Annual report on the working of the mental hospitals in the Madras Presidency - 1912-1932
Year: 1912
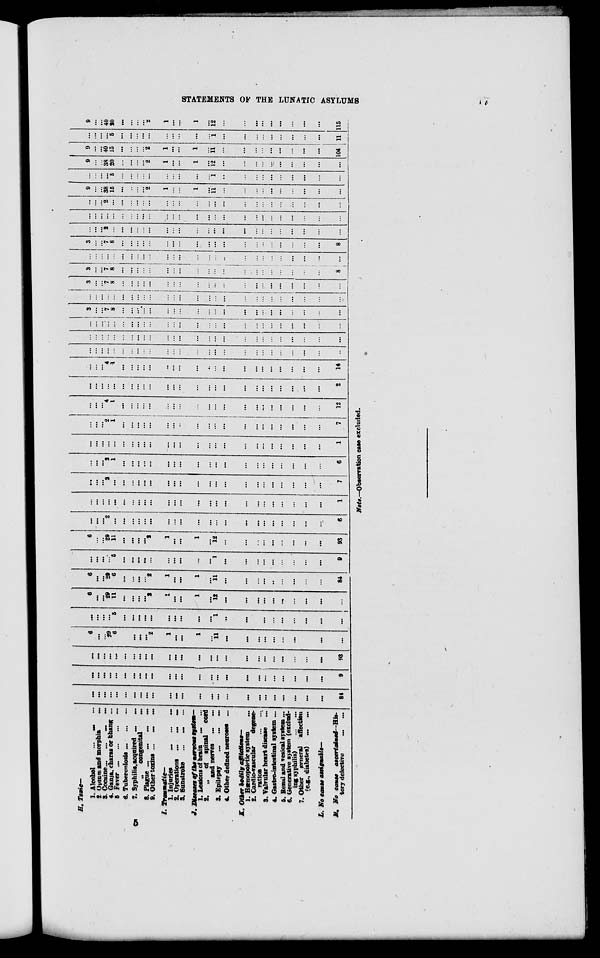
STATEMENTS OF THE LUNATIC ASYLUMS
17
H. Toxic—
1. Alcohol
... ... ...
2. Opium and morphia
...
3. Cocaine ... ...
...
...
4. Ganja, charas or bhang ...
5. Fever ...
...
...
...
6. Tuberculosis ... ... ...
7. Syphilis, acquired ... ...
„ congenital
...
8. Plague ... ... ... ...
9. Other toxins ...
...
...
I. Traumatic—
1.
Injuries
...
...
...
2. Operations
...
...
...
3. Sunstroke ... ... ...
J. Diseases of the nervous system—
1. Lesions of brain ... ...
2.
„
of spinal
cord
and nerves ...
...
3. Epilepsy
...
...
...
4. Other defined neuroses ...
K. Other bodily afflictions—
1. Hæmopoietic system ...
2. Cardio-vascular
degene-
ration
...
...
3. Valvular heart disease ...
4. Gastro-intestinal system ...
5. Renal and vesical system ...
6. Generative system (exclud-
ing syphilis)
...
...
7. Other general affection
(e.g., diabetes)
...
...
L. No cause assignable—
M. No cause
ascertained—His-
tory defective ... ...
...
...
...
...
...
...
...
...
...
...
...
...
...
...
...
...
...
...
...
...
...
...
...
...
...
84
...
...
...
...
...
...
...
...
...
...
...
...
...
...
...
...
...
...
...
...
...
...
...
...
...
9
...
...
...
...
...
...
...
...
...
...
...
...
...
...
...
...
...
...
...
...
...
...
...
...
...
93
6
...
...
29
6
...
...
...
...
2
1
...
...
1
...
11
...
...
...
...
...
...
...
...
...
...
...
...
...
...
5
...
...
...
...
...
...
...
...
...
...
1
...
...
...
...
...
...
...
...
...
...
6
...
...
29
11
...
...
...
...
2
1
...
...
1
...
12
...
...
...
...
...
...
...
...
...
...
6
...
...
29
6
...
...
...
...
2
1
...
...
1
...
11
...
...
...
...
...
...
...
...
...
84
...
...
...
...
5
...
...
...
...
...
...
...
...
...
...
1
...
...
...
...
...
...
...
...
...
9
6
...
...
29
11
...
...
...
...
2
1
...
...
1
...
12
...
...
...
...
...
...
...
...
...
93
...
...
...
2
...
...
...
...
...
...
...
...
...
...
...
...
...
...
...
...
...
...
...
...
...
6
...
...
...
...
...
...
...
...
...
...
...
...
...
...
...
...
...
...
...
...
...
...
...
...
...
1
...
...
...
2
...
...
...
...
...
...
...
...
...
...
...
...
...
...
...
...
...
...
...
...
...
7
...
...
...
2
1
...
...
...
...
...
...
...
...
...
...
...
...
...
...
...
...
...
...
...
...
6
...
...
...
...
...
...
...
...
...
...
...
...
...
...
...
...
...
...
...
...
...
...
...
...
...
1
...
...
...
2
1
...
...
...
...
...
...
...
...
...
...
...
...
...
...
...
...
...
...
...
...
7
...
...
...
4
1
...
...
...
...
...
...
...
...
...
...
...
...
...
...
...
...
...
...
...
...
12
...
...
...
...
...
...
...
...
...
...
...
...
...
...
...
...
...
...
...
...
...
...
...
...
...
2
...
...
...
4
1
...
...
...
...
...
...
...
...
...
...
...
...
...
...
...
...
...
...
...
...
14
...
...
...
...
...
...
...
...
...
...
...
...
...
...
...
...
...
...
...
...
...
...
...
...
...
...
...
...
...
...
...
...
...
...
...
...
...
...
...
...
...
...
...
...
...
...
...
...
...
...
...
...
...
...
...
...
...
...
...
...
...
...
...
...
...
...
...
...
...
...
...
...
...
...
...
...
...
...
3
...
...
7
8
...
...
...
...
...
...
...
...
...
...
...
...
...
...
...
...
...
...
...
...
...
...
...
...
...
...
...
...
...
...
...
...
...
...
...
...
...
...
...
...
...
...
...
...
...
...
...
3
...
...
7
8
...
...
...
...
...
...
...
...
...
...
...
...
...
...
...
...
...
...
...
...
...
3
...
...
7
8
...
...
...
...
...
...
...
...
...
...
...
...
...
...
...
...
...
...
...
...
8
...
...
...
...
...
...
...
...
...
...
...
...
...
...
...
...
...
...
...
...
...
...
...
...
...
...
3
...
...
7
8
...
...
...
...
...
...
...
...
...
...
...
...
...
...
...
...
...
...
...
...
8
...
...
...
2
...
...
...
...
...
...
...
...
...
...
...
...
...
...
...
...
...
...
...
...
...
...
...
...
...
...
...
...
...
...
...
...
...
...
...
...
...
...
...
...
...
...
...
...
...
...
...
...
...
...
...
2
...
...
...
...
...
...
...
...
...
...
...
...
...
...
...
...
...
...
...
...
...
...
9
...
...
38
15
...
...
...
...
2
1
...
...
1
...
11
...
...
...
...
...
...
...
...
...
...
...
...
...
...
5
...
...
...
...
...
...
...
...
...
...
1
...
...
...
...
...
...
...
...
...
...
9
...
...
38
20
...
...
...
...
2
1
...
...
1
...
12
...
...
...
...
...
...
...
...
...
...
9
...
...
40
15
...
...
...
...
2
1
...
...
1
...
11
...
...
...
...
...
...
...
...
...
104
...
...
...
...
5
...
...
...
...
...
...
...
...
...
...
1
...
...
...
...
...
...
...
...
...
11
9
...
...
40
20
...
...
...
...
2
1
...
...
1
...
12
...
...
...
...
...
...
...
...
...
115
Note.—Observation case excluded.
5